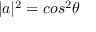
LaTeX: | a | ^ { 2 } = c o s ^ { 2 } \theta